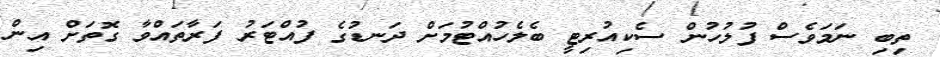
ތިބި ނަމަވެސް ފުލުހުން ސެކިއުރިޓީ ބެލެހުއްޓުމަށް ދަނޑުގެ ފުއްޓަރު ފަރާތައްވާ ގޮތަށް އިން